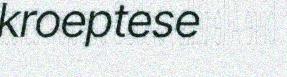
kroeptese